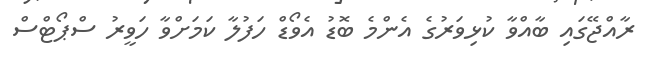
ރާއްޖޭގައި ބާއްވާ ކުޅިވަރުގެ އެންމެ ބޮޑު އެވޯޑް ހަފުލާ ކަމަށްވާ ހަވީރު ސްޕޯޓްސް